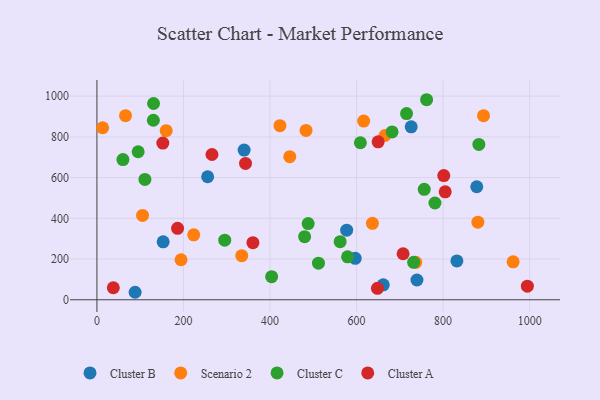
{"axis": {"x": "Distance", "y": "Yield"}, "legend": ["Cluster A", "Cluster B", "Cluster C", "Scenario 2"], "data": [{"x": "877.8", "y": 555.0, "type": "Cluster B"}, {"x": "597.0", "y": 203.4, "type": "Cluster B"}, {"x": "577.2", "y": 342.0, "type": "Cluster B"}, {"x": "739.6", "y": 97.2, "type": "Cluster B"}, {"x": "661.8", "y": 73.3, "type": "Cluster B"}, {"x": "831.9", "y": 190.6, "type": "Cluster B"}, {"x": "88.3", "y": 36.8, "type": "Cluster B"}, {"x": "340.2", "y": 734.9, "type": "Cluster B"}, {"x": "726.3", "y": 849.1, "type": "Cluster B"}, {"x": "153.1", "y": 284.5, "type": "Cluster B"}, {"x": "255.9", "y": 604.1, "type": "Cluster B"}, {"x": "893.5", "y": 904.1, "type": "Scenario 2"}, {"x": "66.1", "y": 904.2, "type": "Scenario 2"}, {"x": "636.7", "y": 375.3, "type": "Scenario 2"}, {"x": "423.0", "y": 855.0, "type": "Scenario 2"}, {"x": "880.4", "y": 380.9, "type": "Scenario 2"}, {"x": "105.5", "y": 414.2, "type": "Scenario 2"}, {"x": "665.7", "y": 806.8, "type": "Scenario 2"}, {"x": "961.9", "y": 186.3, "type": "Scenario 2"}, {"x": "194.4", "y": 196.5, "type": "Scenario 2"}, {"x": "736.8", "y": 183.7, "type": "Scenario 2"}, {"x": "160.1", "y": 830.3, "type": "Scenario 2"}, {"x": "616.5", "y": 877.4, "type": "Scenario 2"}, {"x": "445.7", "y": 702.7, "type": "Scenario 2"}, {"x": "223.7", "y": 319.1, "type": "Scenario 2"}, {"x": "13.2", "y": 844.7, "type": "Scenario 2"}, {"x": "334.7", "y": 216.7, "type": "Scenario 2"}, {"x": "483.3", "y": 831.4, "type": "Scenario 2"}, {"x": "295.4", "y": 292.7, "type": "Cluster C"}, {"x": "403.8", "y": 113.4, "type": "Cluster C"}, {"x": "512.0", "y": 179.8, "type": "Cluster C"}, {"x": "110.9", "y": 590.8, "type": "Cluster C"}, {"x": "781.2", "y": 475.3, "type": "Cluster C"}, {"x": "608.9", "y": 771.1, "type": "Cluster C"}, {"x": "488.2", "y": 374.0, "type": "Cluster C"}, {"x": "130.4", "y": 881.7, "type": "Cluster C"}, {"x": "60.1", "y": 688.6, "type": "Cluster C"}, {"x": "715.6", "y": 914.2, "type": "Cluster C"}, {"x": "756.4", "y": 542.4, "type": "Cluster C"}, {"x": "480.0", "y": 309.7, "type": "Cluster C"}, {"x": "731.9", "y": 184.1, "type": "Cluster C"}, {"x": "761.9", "y": 982.4, "type": "Cluster C"}, {"x": "562.1", "y": 285.3, "type": "Cluster C"}, {"x": "882.7", "y": 762.8, "type": "Cluster C"}, {"x": "130.9", "y": 963.8, "type": "Cluster C"}, {"x": "95.3", "y": 726.9, "type": "Cluster C"}, {"x": "579.3", "y": 211.0, "type": "Cluster C"}, {"x": "682.1", "y": 824.2, "type": "Cluster C"}, {"x": "265.9", "y": 713.5, "type": "Cluster A"}, {"x": "152.3", "y": 769.6, "type": "Cluster A"}, {"x": "707.6", "y": 226.0, "type": "Cluster A"}, {"x": "186.4", "y": 350.9, "type": "Cluster A"}, {"x": "648.3", "y": 56.2, "type": "Cluster A"}, {"x": "37.9", "y": 59.0, "type": "Cluster A"}, {"x": "994.8", "y": 66.6, "type": "Cluster A"}, {"x": "804.9", "y": 529.9, "type": "Cluster A"}, {"x": "343.4", "y": 669.7, "type": "Cluster A"}, {"x": "360.5", "y": 280.2, "type": "Cluster A"}, {"x": "649.9", "y": 775.7, "type": "Cluster A"}, {"x": "801.6", "y": 610.1, "type": "Cluster A"}]}